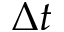
\Delta t